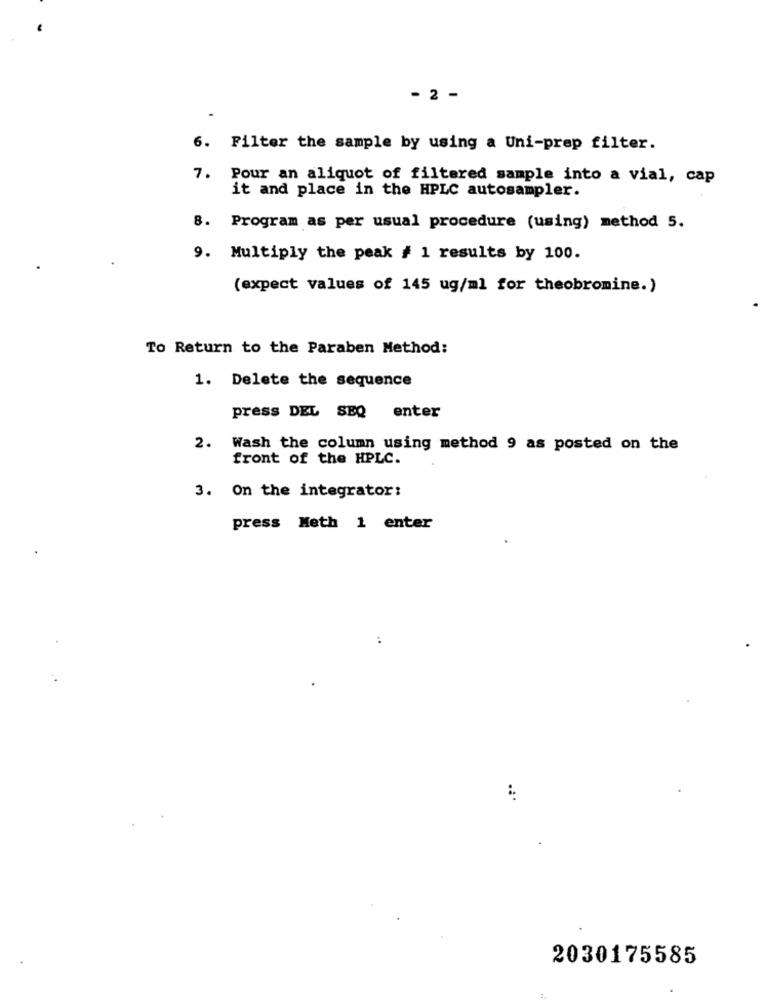
- 2 -
6. Filter the sample by using a Uni-prep filter.
7. Pour an aliquot of filtered sample into a vial, cap
it and place in the HPLC autosampler.
8. Program as per usual procedure (using) method 5.
9. Multiply the peak # 1 results by 100.
(expect values of 145 ug/ml for theobromine.)
To Return to the Paraben Method:
1. Delete the sequence
press DEL SEQ enter
2. Wash the column using method 9 as posted on the
front of the HPLC.
3. On the integrator:
press Meth 1 enter
..
2030175585